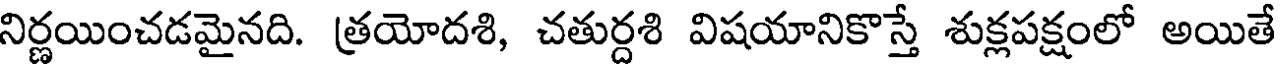
నిర్ణయించడమైనది. త్రయోదశి, చతుర్దశి విషయానికొస్తే శుక్లపక్షంలో అయితే